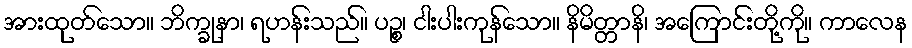
အားထုတ်သော။ ဘိက္ခုနာ၊ ရဟန်းသည်။ ပဉ္စ၊ ငါးပါးကုန်သော။ နိမိတ္တာနိ၊ အကြောင်းတို့ကို။ ကာလေန